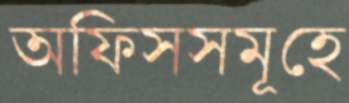
অফিসসমূহে